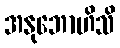
အနုဘောဟိသိ